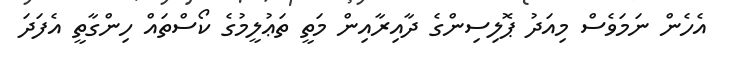
އެހެން ނަމަވެސް މިއަދު ޕޮލިސިންގެ ދާއިރާއިން މަތީ ތަޢުލީމުގެ ކޯސްތައް ހިންގާތީ އެފަދަ